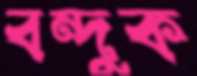
বন্দুক